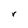
Character: r